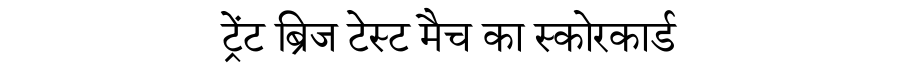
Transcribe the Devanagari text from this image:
ट्रेंट ब्रिज टेस्ट मैच का स्कोरकार्ड